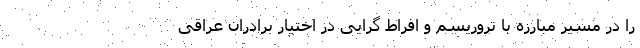
را در مسیر مبارزه با تروریسم و افراط گرایی در اختیار برادران عراقی